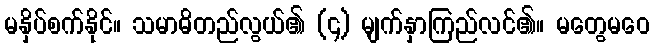
မနှိပ်စက်နိုင်။ သမာဓိတည်လွယ်၏ (၄) မျက်နှာကြည်လင်၏။ မတွေမဝေ